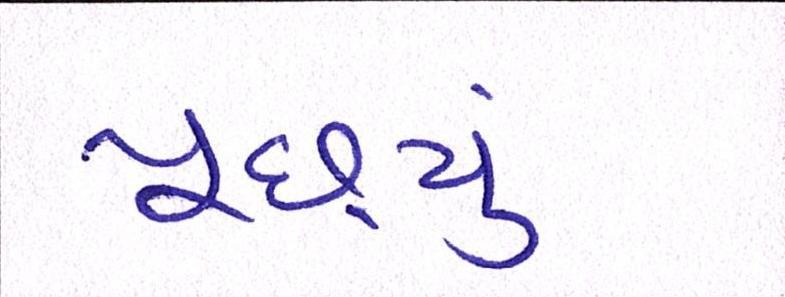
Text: પૂછ્યું